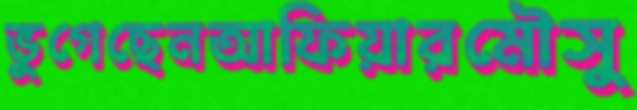
ভুগেছেনআফিয়ারমৌসু